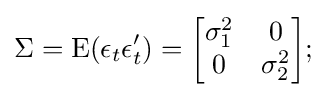
\Sigma =\mathrm {E} (\epsilon _{t}\epsilon _{t}')={\begin{bmatrix}\sigma _{1}^{2}&0\\0&\sigma _{2}^{2}\end{bmatrix}};